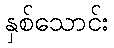
နှစ်သောင်း